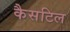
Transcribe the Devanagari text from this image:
कैसटिल